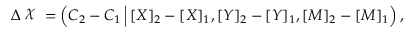
\begin{array} { r } { \Delta \raisebox { \depth } { \( \chi \) } = \left( C _ { 2 } - C _ { 1 } \, \Big | \, [ X ] _ { 2 } - [ X ] _ { 1 } , [ Y ] _ { 2 } - [ Y ] _ { 1 } , [ M ] _ { 2 } - [ M ] _ { 1 } \right) , } \end{array}